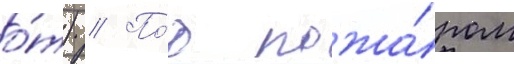
о́т) // По́д пожа́ром